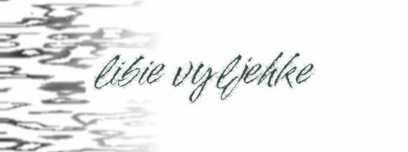
libie vyljehke